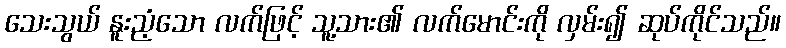
သေးသွယ် နူးညံ့သော လက်ဖြင့် သူ့သား၏ လက်မောင်းကို လှမ်း၍ ဆုပ်ကိုင်သည်။